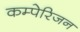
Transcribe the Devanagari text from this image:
कम्पेरिजन